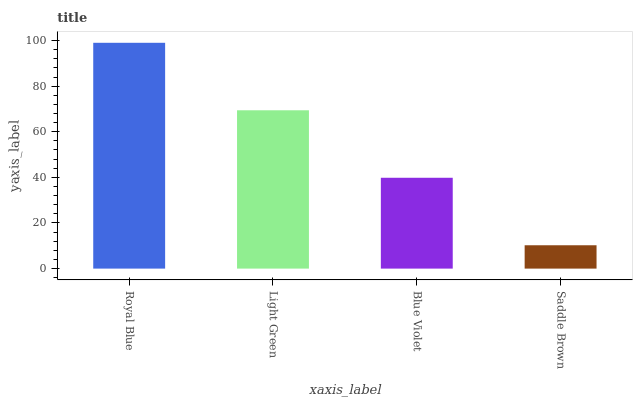
| xaxis_label | bars |
 | --- | --- |
 | Royal Blue | 99 |
 | Light Green | 69.4 |
 | Blue Violet | 39.8 |
 | Saddle Brown | 10.2 |